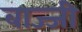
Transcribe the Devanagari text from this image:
बाज्जी